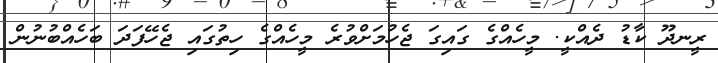
ރީނދޫ ކާޑު ދެއްކީ. މީހެއްގެ ގައިގަ ޖެހުމަށްވުރެ މީހެއްގެ ހިތުގައި ޖެހޭފަދަ ބަހެއްބުނުން